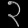
Digit: ၃